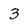
Character: 3